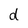
Character: d